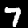
Label: 7